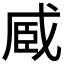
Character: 𮍏